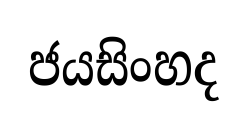
ජයසිංහද